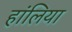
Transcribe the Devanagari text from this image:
हांलिया